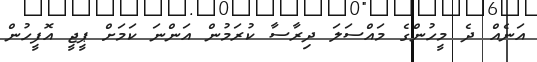
އަނެއް ދެ މީހުންގެ މައްސަލަ ދިރާސާ ކުރަމުން އަންނަ ކަމަށް ޕީޖީ އޮފީހުން